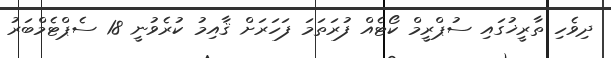
ދިވެހި ތާރީޚުގައި ސުޕްރީމް ކޯޓެއް ފުރަތަމަ ފަހަރަށް ޤާއިމު ކުރެވުނީ 18 ސެޕްޓެމްބަރު